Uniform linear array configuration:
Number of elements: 64
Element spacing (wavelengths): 0.25
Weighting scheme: cosine
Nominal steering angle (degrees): -15
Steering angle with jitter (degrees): -15.5
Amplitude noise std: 0.05
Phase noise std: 0.05

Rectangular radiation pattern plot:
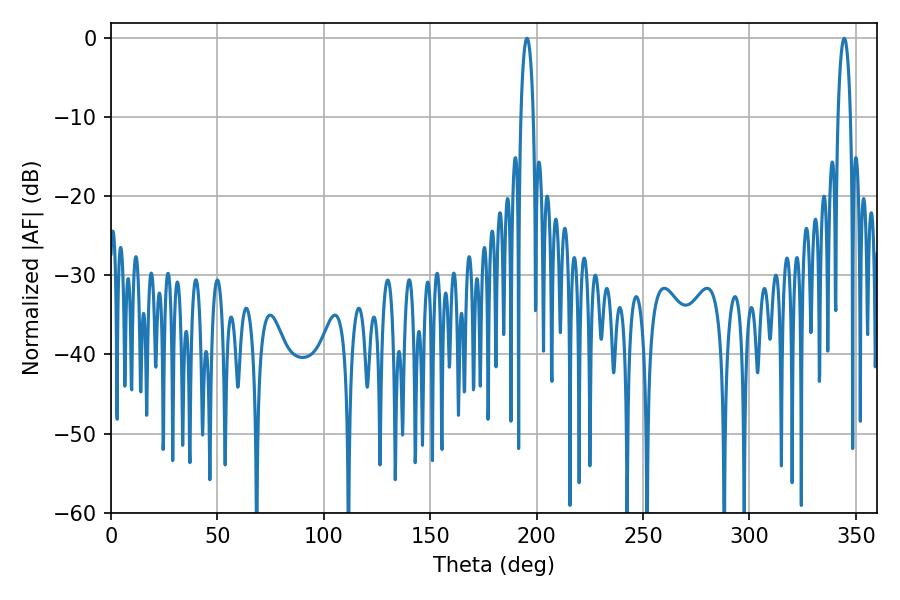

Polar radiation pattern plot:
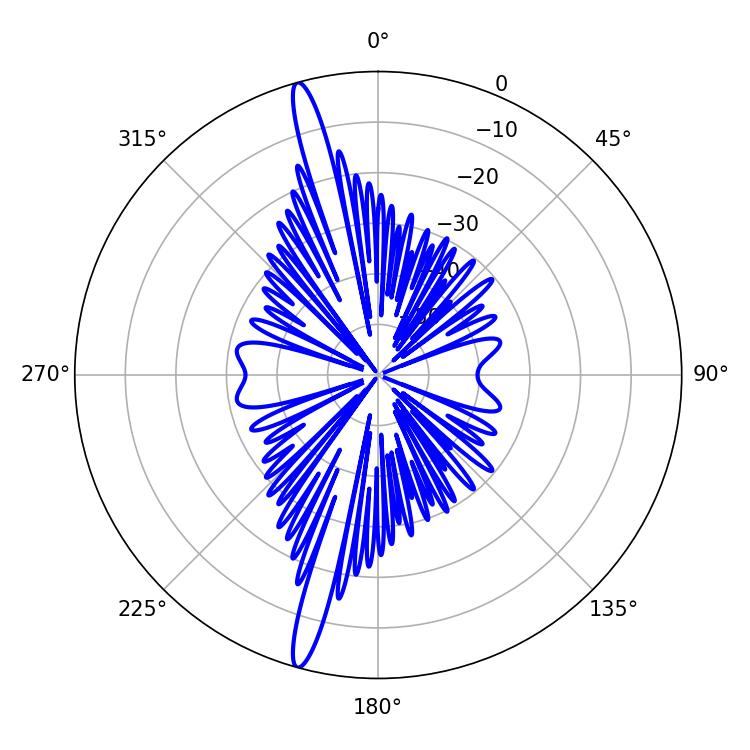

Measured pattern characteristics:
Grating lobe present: FALSE
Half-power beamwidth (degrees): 3.24
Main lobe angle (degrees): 195.48